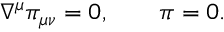
\nabla ^ { \mu } \pi _ { \mu \nu } = 0 , \qquad \pi = 0 .